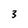
Character: 3